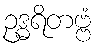
ဥဒ္ဓရိတဗ္ဗံ